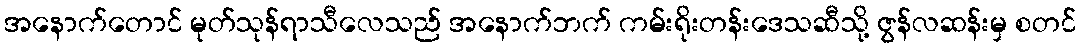
အနောက်တောင် မုတ်သုန်ရာသီလေသည် အနောက်ဘက် ကမ်းရိုးတန်းဒေသဆီသို့ ဇွန်လဆန်းမှ စတင်